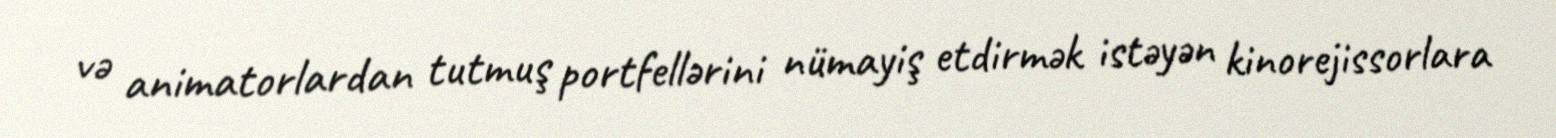
və animatorlardan tutmuş portfellərini nümayiş etdirmək istəyən kinorejissorlara